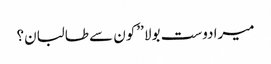
میرادوست بولا ’’کون سے طالبان؟